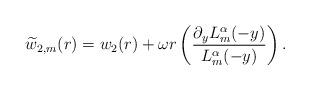
LaTeX: \begin{align*} \widetilde{w}_{2,m}(r) = w_2(r) + \omega r\left(\frac{\partial_yL_m^{\alpha}(-y)}{ L_m^\alpha(-y)}\right).\end{align*}